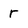
Character: r